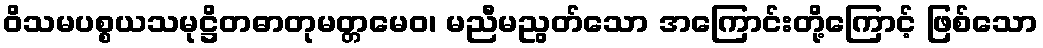
ဝိသမပစ္စယသမုဋ္ဌိတဓာတုမတ္တမေဝ၊ မညီမညွတ်သော အကြောင်းတို့ကြောင့် ဖြစ်သော